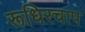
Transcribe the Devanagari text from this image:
रूधिरचाप